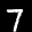
Label: 7